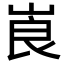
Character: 崀